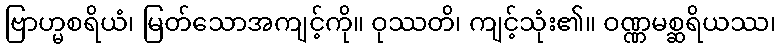
ဗြာဟ္မစရိယံ၊ မြတ်သောအကျင့်ကို။ ဝုဿတိ၊ ကျင့်သုံး၏။ ဝဏ္ဏမစ္ဆရိယဿ၊